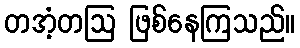
တအံ့တဩ ဖြစ်နေကြသည်။